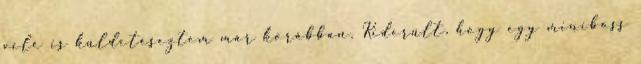
vele is küldetéseztem már korábban. Kiderült, hogy egy miniboss